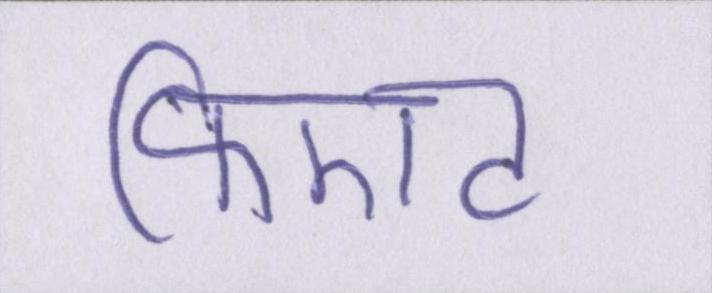
फिएट